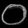
Digit: ၀